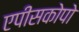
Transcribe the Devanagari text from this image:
एपीसकोपो